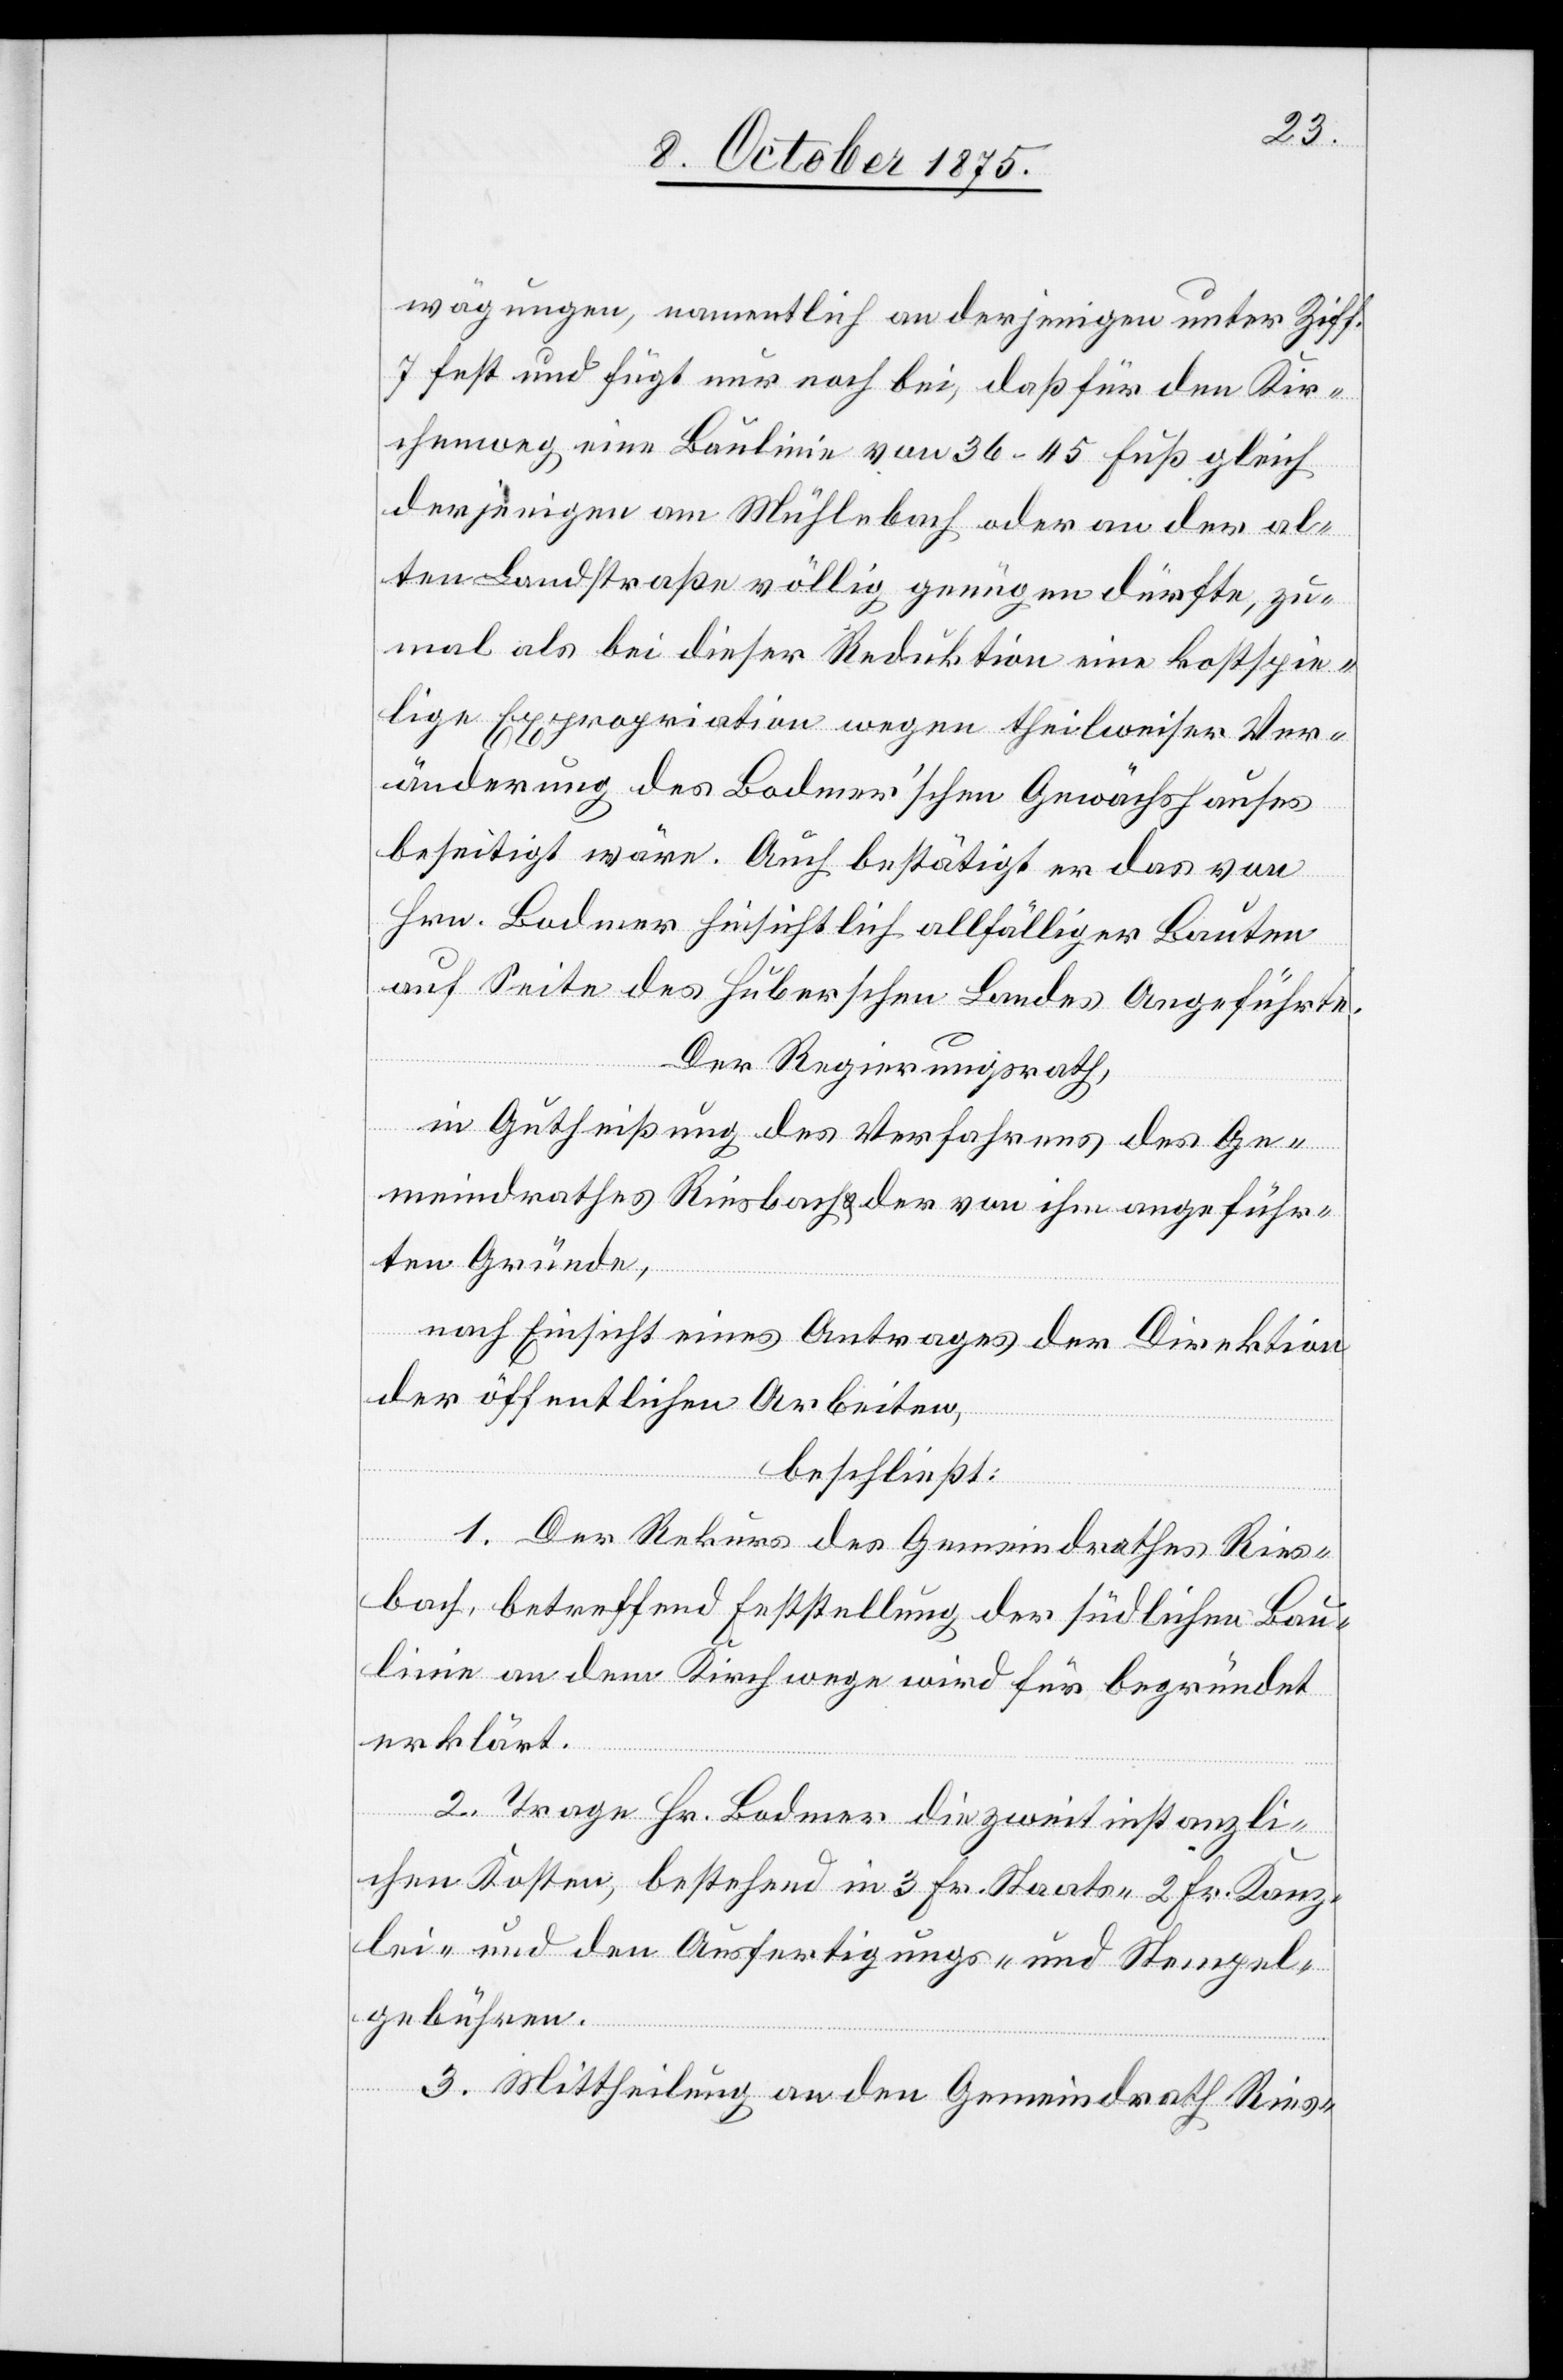
wägungen namentlich an derjenigen unter Ziff.
7 fest und fügt nur noch bei, daß für den Kir¬
chenweg eine Baulinie von 36–45 Fuß gleich
derjenigen am Mühlebach oder an der al¬
ten Landstraße völlig genügen dürfte, zu¬
mal als bei dieser Reduktion eine kostspie¬
lige Expropriation wegen theilweiser Ver¬
änderung des Bodmer’schen Gewächshauses
beseitigt wäre. Auch bestätigt er das von
Hrn. Bodmer hinsichtlich allfälliger Bauten
auf Seite des Huberschen Landes Angeführte.
Der Regierungsrath,
in Gutheißung des Verfahrens des Ge¬
meindrathes Riesbach der von ihm angeführ¬
ten Gründe,
nach Einsicht eines Antrages der Direktion
der öffentlichen Arbeiten,
beschließt:
1. Der Rekurs des Gemeindrathes Ries¬
bach, betreffend Feststellung der südlichen Bau¬
linie an dem Kirchwege wird für begründet
erklärt.
2. Trage Hr. Bodmer die zweitinstanzli¬
chen Kosten, bestehend in 3 Fr. Staats- 2 Fr. Kanz¬
lei- und den Ausfertigungs- und Stempel¬
gebühren.
3. Mittheilung an dein Gemeindrath Ries-